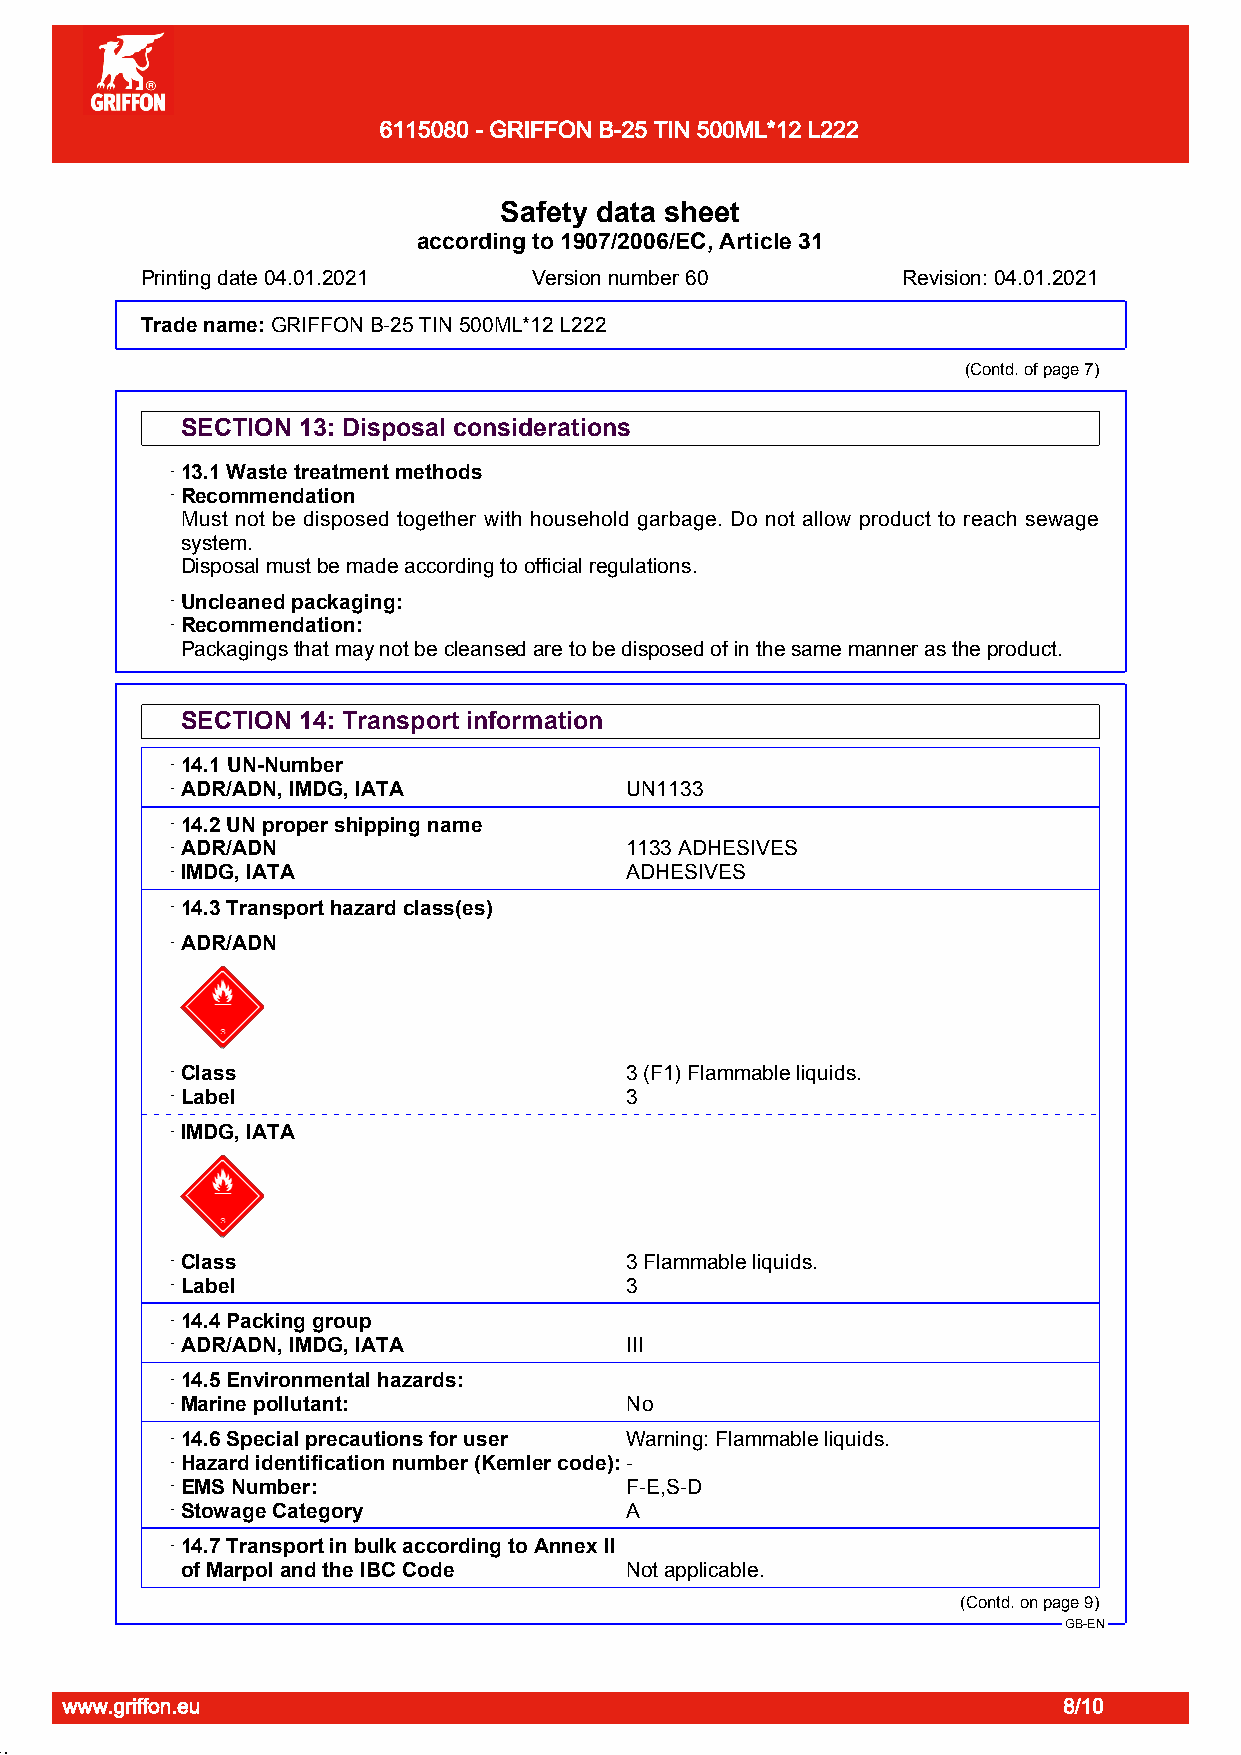
6115080 - GRIFFON B-25 TIN 500ML*12 L222
 Page 8/10
 Safety data sheet
 according to 1907/2006/EC, Article 31
 Printing date 04.01.2021  Version number 60        Revision: 04.01.2021
 Trade name:GDuRrIaFpFiOpNe OBn-2e5 S TtIeNp 5A0B0MS LS*o1l2v eLn2t2 2Cement
 (Contd. of page 7)
 SECTION 13: Disposal considerations
 · 13.1 Waste treatment methods
 · Recommendation
 Must not be disposed together with household garbage. Do not allow product to reach sewage
 system.
 Disposal must be made according to official regulations.
 · Uncleaned packaging:
 · Recommendation:
 Packagings that may not be cleansed are to be disposed of in the same manner as the product.
 SECTION 14: Transport information
 · 14.1 UN-Number
 · ADR/ADN, IMDG, IATA         UN1133
 · 14.2 UN proper shipping name
 · ADR/ADN                     1133 ADHESIVES
 · IMDG, IATA                  ADHESIVES
 · 14.3 Transport hazard class(es)
 · ADR/ADN
 · Class                       3 (F1) Flammable liquids.
 · Label                       3
 · IMDG, IATA
 · Class                       3 Flammable liquids.
 · Label                       3
 · 14.4 Packing group
 · ADR/ADN, IMDG, IATA         III
 · 14.5 Environmental hazards:
 · Marine pollutant:           No
 · 14.6 Special precautions for user Warning: Flammable liquids.
 · Hazard identification number (Kemler code):-
 · EMS Number:                 F-E,S-D
 · Stowage Category            A
 · 14.7 Transport in bulk according to Annex II
 of Marpol and the IBC Code   Not applicable.
 (Contd. on page 9)
 GB-EN
 www.griffon.eu                                                    8/10
 51.1.22